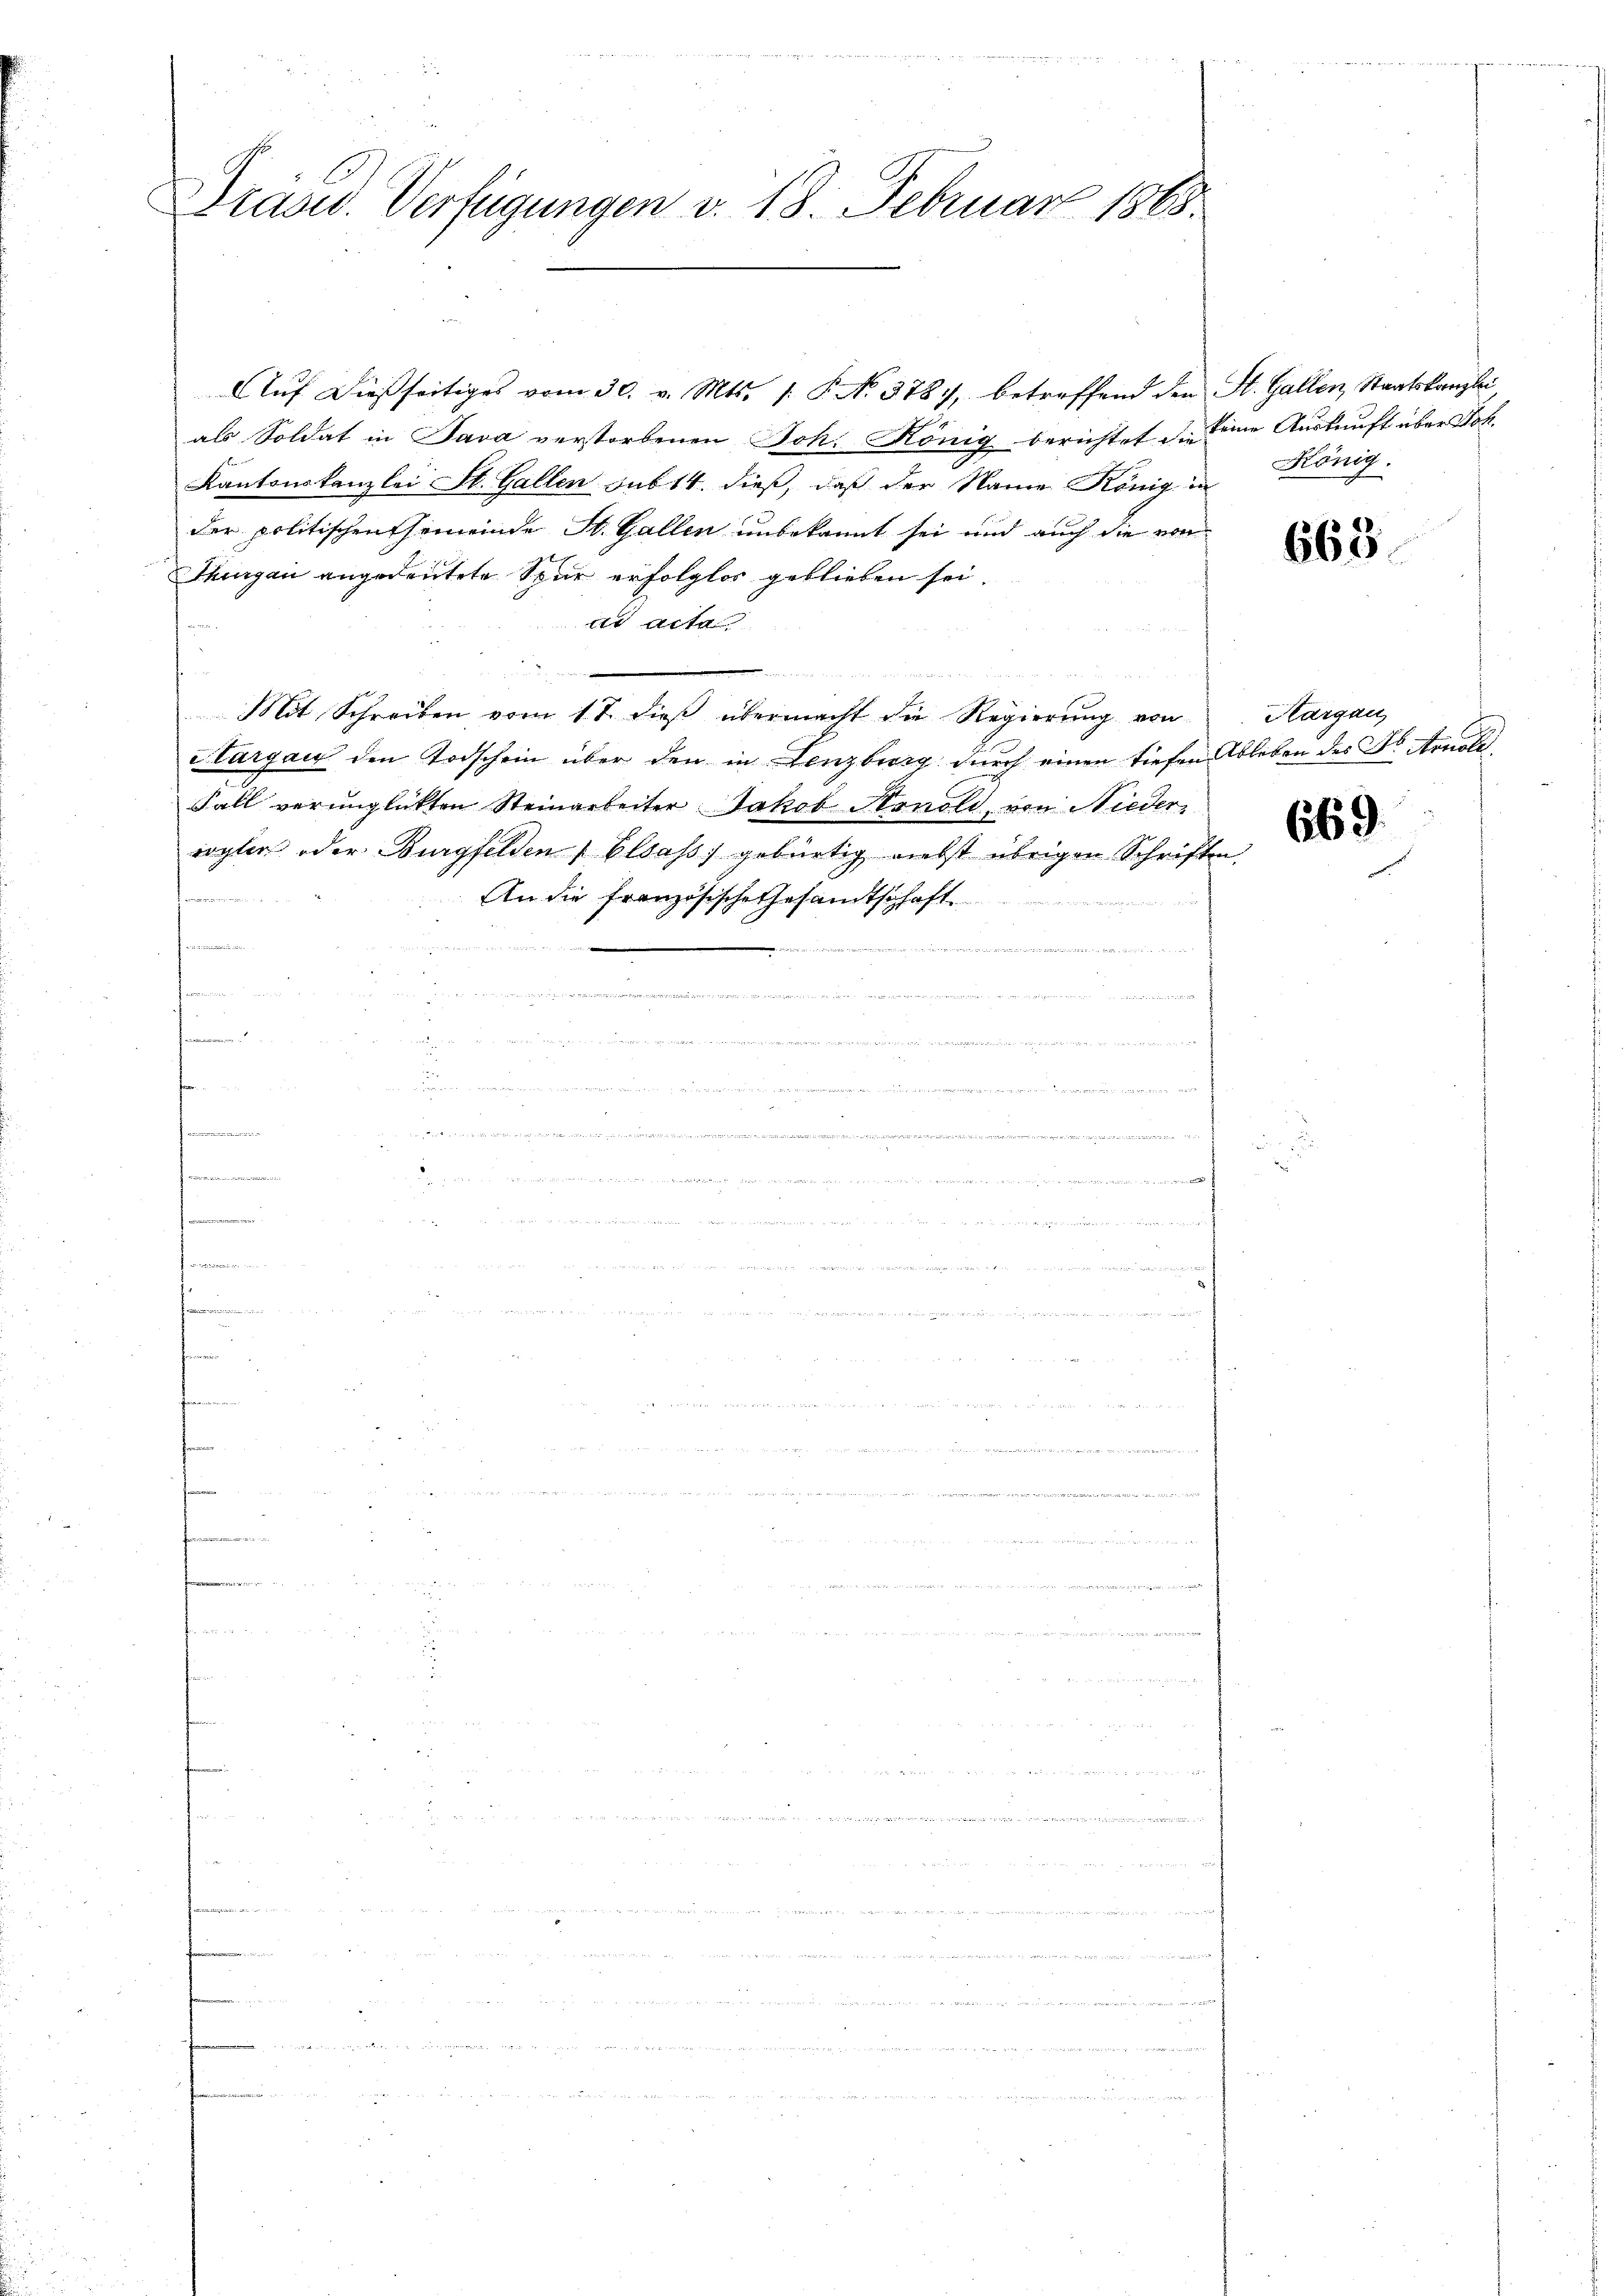
Präsid. Verfügungen v. 18. Februar 1868.

als Soldat in Java verstorbenen Joh. König berichtet. Eine Auskunft über Joh.
Kantonskanzlei St. Gallen sub 14. dieß, daß der Name König in
der politischen Gemeinde St. Gallen unbekannt sei und auch die von
Thurgau angedeutete Spur erfolglos geblieben sei.
dr acta
h
Mit Schreiben vom 17. dieß übermacht die Regierung von
Sturgau den Todschein über den in Lenzburg durch einen tiefen Ableben des Dr. Arnoli¬
Fall verunglickten Steinarbeiter Jakob Honold, von Nieder
röglich oder Burgfelden Elsass, gebürtig nebst übrigen Schriften
An die französische Gesandtschaft

i

n
d           Mad.
e
 d. d. Wert werden werdenten der in der dieser
Der

m
un den momen, den und anden nach den meine an
 weder in
 wenn in den
kommen

n
             den in in an
formen un

Form
denn er auchen die als an in er mit gehen, und die hat den und m

fammen
                          und an
f

se in den werde in daher in zu sammer diesent nett und den in das gelt ihrer matersuch dann hat e g sch

d
.

.

.
n
d

2. Herr
n
e

        zu

t

Aŭf dießseitiges vom 30. v. Mts. /: P. N. 3787, betreffend den St. Gallen, Staatskanzlei

König.

665.

Hargau,

669.

dia in eingeren ein